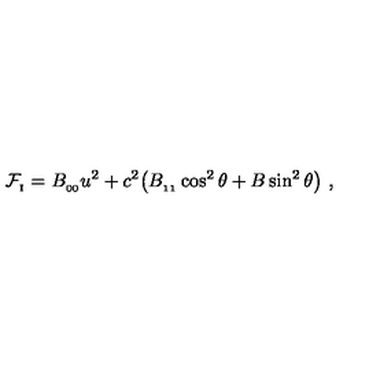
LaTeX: { \cal F } _ { _ \mathrm { I } } = B _ { _ { 0 0 } } u ^ { 2 } + c ^ { 2 } \big ( B _ { _ { 1 1 } } \cos ^ { 2 } \theta + B \sin ^ { 2 } \theta \big ) \ ,